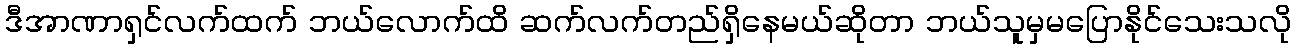
ဒီအာဏာရှင်လက်ထက် ဘယ်လောက်ထိ ဆက်လက်တည်ရှိနေမယ်ဆိုတာ ဘယ်သူမှမပြောနိုင်သေးသလို